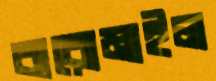
বারোমাইল